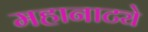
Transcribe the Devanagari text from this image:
महानाट्ये